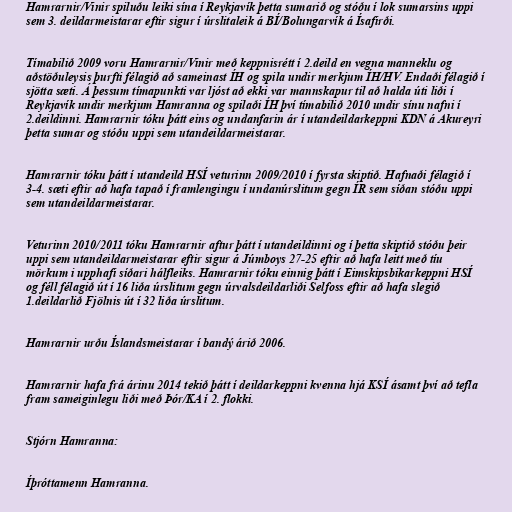
Hamrarnir/Vinir spiluðu leiki sína í Reykjavík þetta sumarið og stóðu í lok sumarsins uppi
sem 3. deildarmeistarar eftir sigur í úrslitaleik á BÍ/Bolungarvík á Ísafirði.

Tímabilið 2009 voru Hamrarnir/Vinir með keppnisrétt í 2.deild en vegna manneklu og
aðstöðuleysis þurfti félagið að sameinast ÍH og spila undir merkjum ÍH/HV. Endaði félagið í
sjötta sæti. Á þessum tímapunkti var ljóst að ekki var mannskapur til að halda úti liði í
Reykjavík undir merkjum Hamranna og spilaði ÍH því tímabilið 2010 undir sínu nafni í
2.deildinni. Hamrarnir tóku þátt eins og undanfarin ár í utandeildarkeppni KDN á Akureyri
þetta sumar og stóðu uppi sem utandeildarmeistarar.

Hamrarnir tóku þátt í utandeild HSÍ veturinn 2009/2010 í fyrsta skiptið. Hafnaði félagið í
3-4. sæti eftir að hafa tapað í framlengingu í undanúrslitum gegn ÍR sem síðan stóðu uppi
sem utandeildarmeistarar.

Veturinn 2010/2011 tóku Hamrarnir aftur þátt í utandeildinni og í þetta skiptið stóðu þeir
uppi sem utandeildarmeistarar eftir sigur á Júmboys 27-25 eftir að hafa leitt með tíu
mörkum i upphafi síðari hálfleiks. Hamrarnir tóku einnig þátt í Eimskipsbikarkeppni HSÍ
og féll félagið út í 16 liða úrslitum gegn úrvalsdeildarliði Selfoss eftir að hafa slegið
1.deildarlið Fjölnis út í 32 liða úrslitum.

Hamrarnir urðu Íslandsmeistarar í bandý árið 2006.

Hamrarnir hafa frá árinu 2014 tekið þátt í deildarkeppni kvenna hjá KSÍ ásamt því að tefla
fram sameiginlegu liði með Þór/KA í 2. flokki.

Stjórn Hamranna:

Íþróttamenn Hamranna.